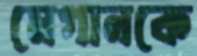
মেগানকে